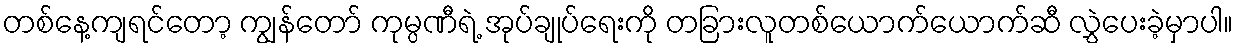
တစ်နေ့ကျရင်တော့ ကျွန်တော် ကုမ္ပဏီရဲ့ အုပ်ချုပ်ရေးကို တခြားလူတစ်ယောက်ယောက်ဆီ လွှဲပေးခဲ့မှာပါ။